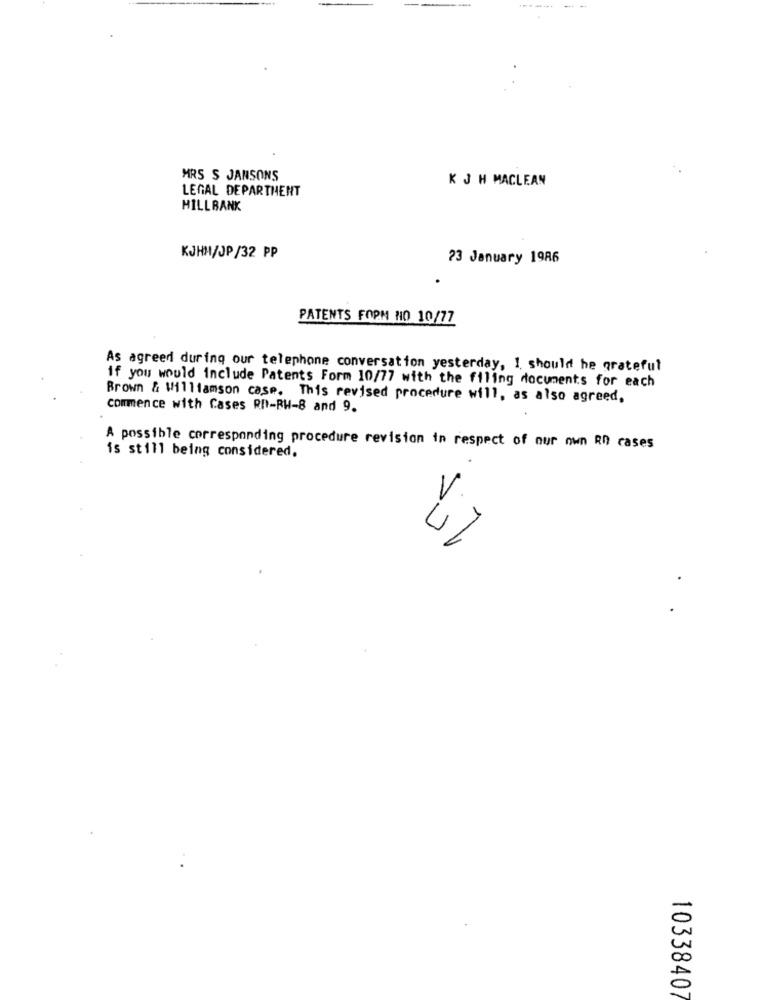
MRS S JANSONS
LEGAL DEPARTMENT
K J H MACLEAN
HILLBANK
KJHM/JP/32 PP
23 January 1986
PATENTS FOPH NO 10/77
As agreed during our telephone conversation yesterday, 1 should he grateful
if you would include Patents Form 10/77 with the filing documents for each
Brown & Williamson case. This revised procedure will, as also agreed,
commence with Cases RD-RW-8 and 9.
A possible corresponding procedure revision in respect of our own RD cases
is still being considered.
0
1033840